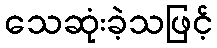
သေဆုံးခဲ့သဖြင့်